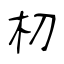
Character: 朷